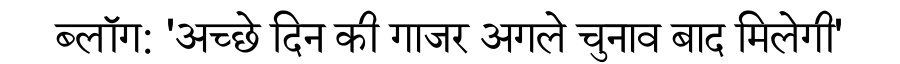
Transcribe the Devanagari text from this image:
ब्लॉग: 'अच्छे दिन की गाजर अगले चुनाव बाद मिलेगी'